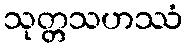
သုတ္တသဟဿံ